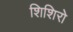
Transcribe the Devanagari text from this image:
शिशिरो